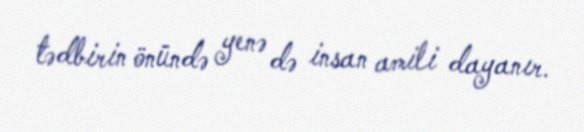
tədbirin önündə yenə də insan amili dayanır.